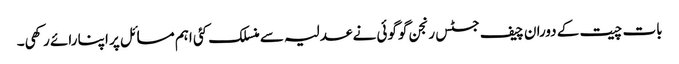
بات چیت کے دوران چیف جسٹس رنجن گوگوئی نے عدلیہ سے منسلک کئی اہم مسائل پر اپنا رائے رکھی۔